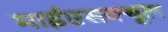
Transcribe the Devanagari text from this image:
माईएसक्यूल